King Institute of Preventive Medicine Bacteriolog. Section reports 1907-08
Year: 1907
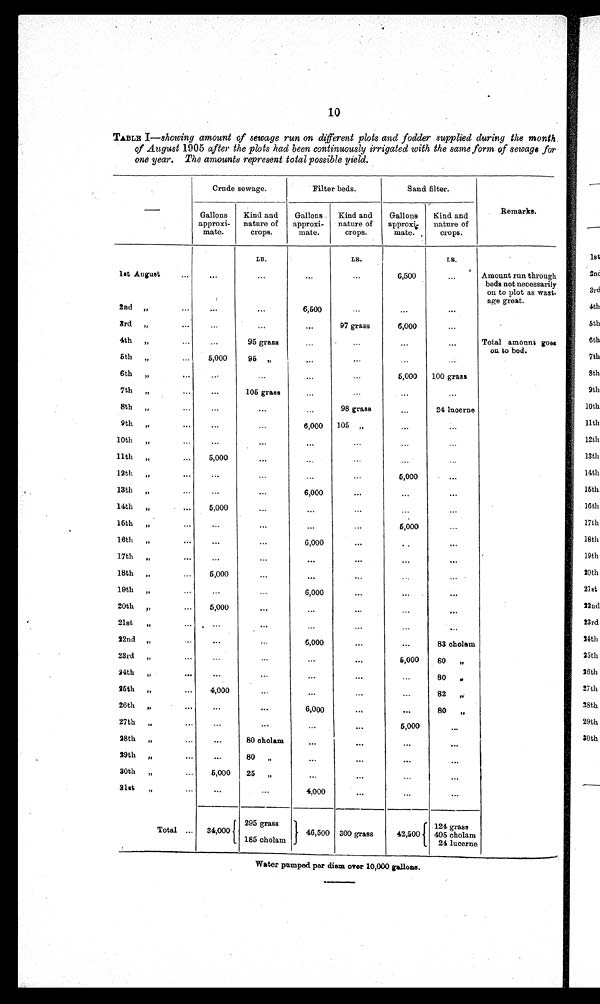
10
TABLE I—showing amount of sewage run on different plots and fodder supplied during the month.
of August 1905 after the plots had been continuously irrigated with the same form of sewage for
one year. The amounts represent total possible yield.
Crude sewage.
Filter beds.
Sand filter.
Remarks.
Gallons
Kind and
Gallons
Kind and
Gallons
Kind and
—
approxi-
nature of
approxi-
nature of
approxi-
natur of e of
mate.
crops.
mate.
crops.
mate.
crops.
LB.
LB.
LB.
lst August
,,
...
...
...
6,500
...
Amount run through
beds not necessarily
on to plot as wast-
age great.
2nd
„,,
...
...
6,500
3rd ,, ,,
...
...
...
97 grass
6,000
4th
„
95 grass
...
...
Total amount goes
on to bed.
5th
„
5,000
95
"
6th„
6,000
100 grass
7th„
...
105 gras
8th„
98 grass
...
24 lucerne
9th
„
...
...
6,000
105 ,,
10th. ..
...
11th
„
5,000
...
...
12th„
...
...
. .
6,000
13th„
...
6,000
14th
„
...
6,000
15th
„
..
...
. .
...
. . .
6,000
1 6 t h
, ,
. ..
...
,,
...
17th
„
...
...
18th
„
6,000...
19th„
.
,,
6,000
,,
20th„
...
5,000
...
21st„
...
...
22nd
„
6,000
...
83 cholam
23rd
„
...
...
6,000
80
„
24th„
. . .
...
,,
80
„
25th
„
...
4 , 0 0 0
...
...
...
82
26th
...
6,000
...
80
„
27th
„
. . .
6,000
..
28th
„
...
80 cholam
...
29th„
,,
80
„
...
. . .
...
. . .
30th„
6,000
26
„
...
. . .
...
31st„
. . .
. . .
4,000
,,
295 grass
.124 grass
Total
...
34,000
46,500
300 grass
42,500
405 cholam
185 cholam
24 lucerne
Water pumped per diem over 10,000 gallons.